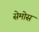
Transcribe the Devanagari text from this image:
सेमोस